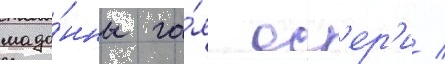
мадо́нны га́я ос'ер'и /